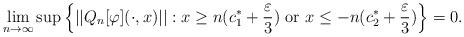
LaTeX: \begin{align*}\lim\limits_{n\rightarrow \infty}\sup\left\{||Q_n[\varphi](\cdot,x)||:x\geq n(c^*_1+\frac{\varepsilon}{3}) \mbox{ or } x\leq -n(c^*_2+\frac{\varepsilon}{3})\right \}=0.\end{align*}